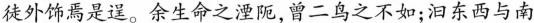
徒外饰焉是送。余生命之，曾二鸟之不如；汩东西与南